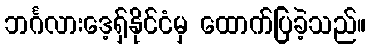
ဘင်္ဂလားဒေ့ရှ်နိုင်ငံမှ ထောက်ပြခဲ့သည်။